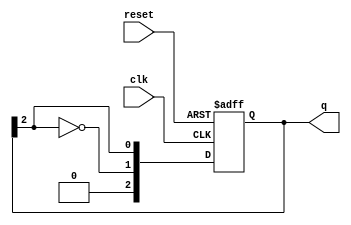
module johnson_counter #(parameter N = 3) (
    input wire clk,       // Clock signal
    input wire reset,     // Asynchronous reset
    output reg [N-1:0] q  // Output state
);

// Sequential logic for the Johnson Counter
always @(posedge clk or posedge reset) begin
    if (reset) begin
        q <= 0; // Initialize all flip-flops to 0 on reset
    end else begin
        // Shift the values and feed back the inverted output of the last flip-flop
        q <= {~q[N-1], q[N-1:N-1]}; // Shift and feedback
    end
end

endmodule